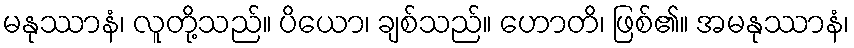
မနုဿာနံ၊ လူတို့သည်။ ပိယော၊ ချစ်သည်။ ဟောတိ၊ ဖြစ်၏။ အမနုဿာနံ၊